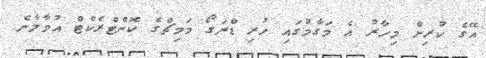
އޭގެ ކުރިން މިހާރު އެ މަގާމުގައި ހުރި ޑްރަގޯ މަމިޗްގެ ކޮންޓްރެކްޓް އުވާލާނެ